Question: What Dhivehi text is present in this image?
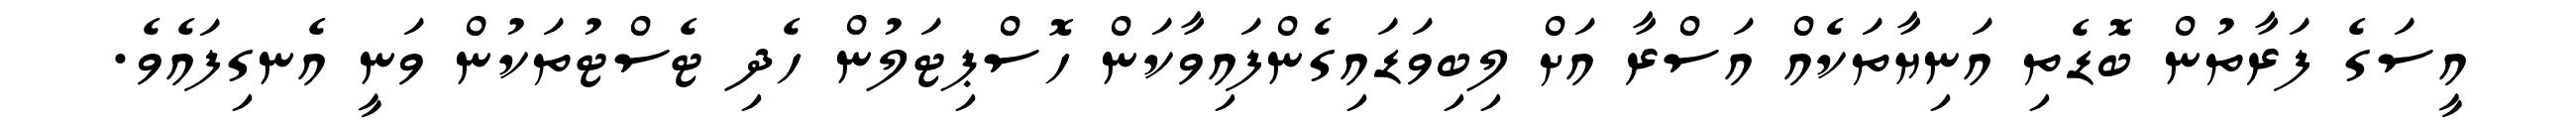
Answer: އީސަގެ ފަރާތުން ބޮޑެތި އަނިޔާތަކެއް އަސްރާ އަށް ލިބިވަޑައިގެންފައިވާކަން ހޮސްޕިޓަލުން ހެދި ޓެސްޓުތަކުން ވަނީ އެނގިފައެވެ.